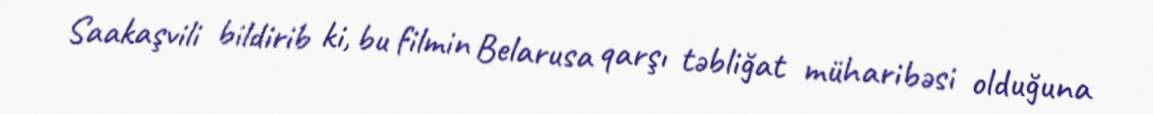
Saakaşvili bildirib ki, bu filmin Belarusa qarşı təbliğat müharibəsi olduğuna